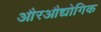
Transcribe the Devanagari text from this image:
औरऔद्योगिक